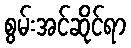
စွမ်းအင်ဆိုင်ရာ